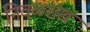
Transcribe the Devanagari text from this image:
निवळशंख